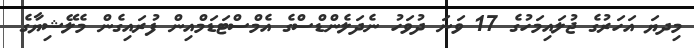
މިދޔަ އަހަރުގެ ޖުލައިމަހުގެ 17 ވަނަ ދުވަހު ނެދަލެންޑްސްގެ އެމްސްޓަޑަމްއިން ފުރައިގެން މެލޭޝިޔާގެ